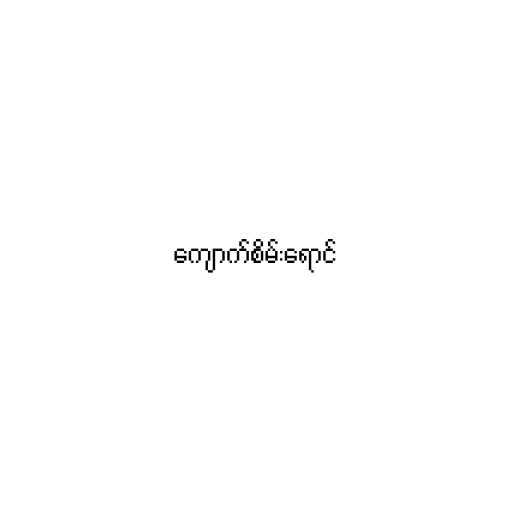
ကျောက်စိမ်းရောင်